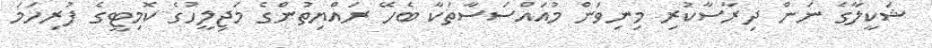
ޝަކީލާގެ ނަން ދިރާސާކުރި މިނިވަން މުއައްސަސާތަކާ ބެހޭ ރައްޔިތުންގެ މަޖިލީހުގެ ކޮމިޓީގެ ފުރިހަމަ